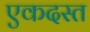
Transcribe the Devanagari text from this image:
एकदस्त